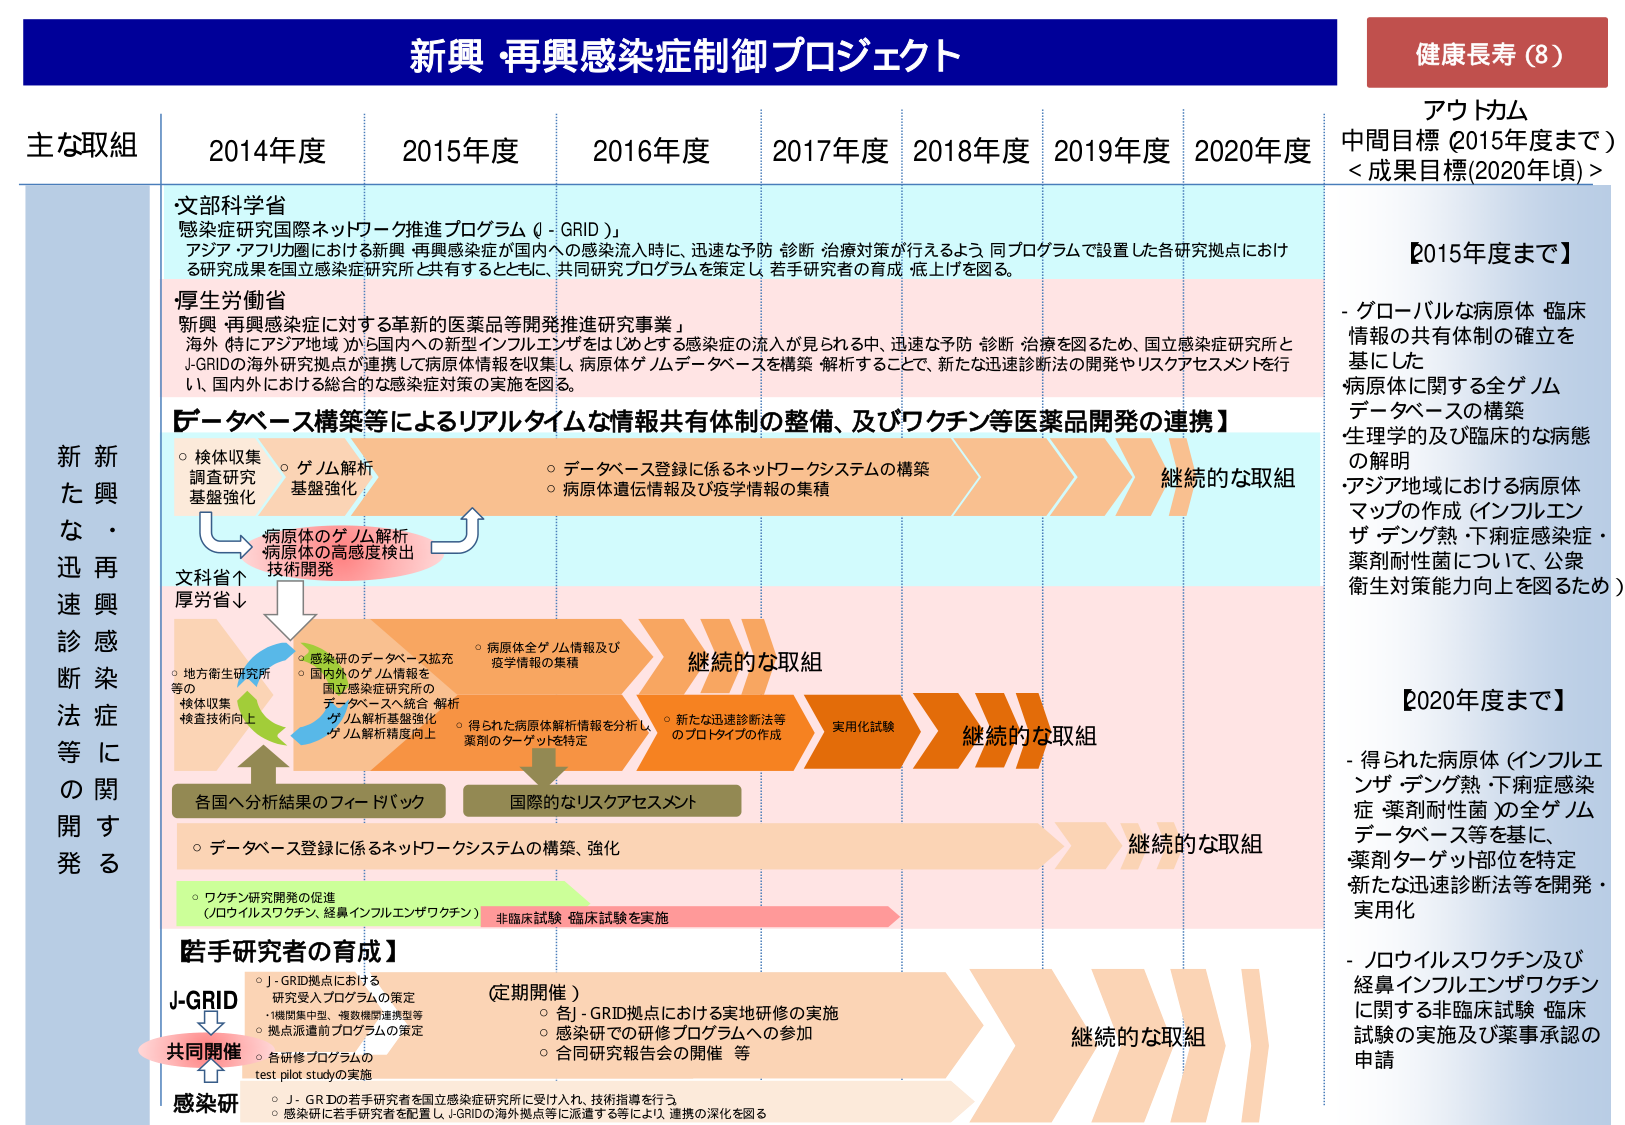
新興・再興感染症制御プロジェクト

健康長寿（8）

アウトカム
中間目標（2015年度まで）
＜成果目標(2020年頃)＞

【2015年度まで】
- グローバルな病原体・臨床情報の共有体制の確立を基にした
病原体に関する全ゲノムデータベースの構築
生理学的及び臨床的な病態の解明
・アジア地域における病原体マップの作成（インフルエンザ・デング熱・下痢症感染症・薬剤耐性菌について、公衆衛生対策能力向上を図るため）

【2020年度まで】
- 得られた病原体（インフルエンザ・デング熱・下痢症感染症・薬剤耐性菌）の全ゲノムデータベース等を基に、薬剤ターゲット部位を特定
新たな迅速診断法等を開発・実用化
- ノロウイルスワクチン及び経鼻インフルエンザワクチンに関する非臨床試験・臨床試験の実施及び薬事承認の申請

主な取組
2014年度 2015年度 2016年度 2017年度 2018年度 2019年度 2020年度

・文部科学省
「感染症研究国際ネットワーク推進プログラム（J-GRID）」
アジア・アフリカ圏における新興・再興感染症が国内への感染流入時に、迅速な予防・診断・治療対策が行えるよう、同プログラムで設置した各研究拠点における研究成果を国立感染症研究所と共有するとともに、共同研究プログラムを策定し、若手研究者の育成・底上げを図る。

・厚生労働省
「新興・再興感染症に対する革新的医薬品等開発推進研究事業」
海外（特にアジア地域）から国内への新型インフルエンザ等をはじめとする感染症の流入が見られる中、迅速な予防・診断・治療を図るため、国立感染症研究所とJ-GRIDの海外研究拠点が連携して病原体情報を収集し、病原体ゲノムデータベースを構築・解析することで、新たな迅速診断法の開発やリスクアセスメントを行い、国内における総合的な感染症対策の実施を図る。

【データベース構築等によるリアルタイムな情報共有体制の整備、及びワクチン等医薬品開発の連携】

○ 検体収集調査研究基盤強化
○ ゲノム解析基盤強化
○ データベース登録に係るネットワークシステムの構築
○ 病原体遺伝情報及び疫学情報の集積

継続的な取組

病原体のゲノム解析
病原体の高感度検出
技術開発

文科省↑
厚労省↓

○ 地方衛生研究所等の検体収集・検査技術向上
○ 感染研のデータベース拡充
○ 国内外のゲノム情報を国立感染症研究所のデータベースへ統合・解析
○ ゲノム解析基盤強化
○ ゲノム解析精度向上
○ 病原体全ゲノム情報及び疫学情報の集積
○ 得られた病原体解析情報を分析し、薬剤のターゲットを特定

継続的な取組

新たな迅速診断法等のプロトタイプの作成
実用化試験

継続的な取組

各国へ分析結果のフィードバック
国際的なリスクアセスメント

○ データベース登録に係るネットワークシステムの構築・強化

継続的な取組

○ ワクチン研究開発の促進
（ノロウイルスワクチン、経鼻インフルエンザワクチン）
非臨床試験・臨床試験を実施

【若手研究者の育成】

J-GRID
↓
共同開催
↑
感染研

○ J-GRID拠点における
研究受入プログラムの策定
・機関集中型、複数機関連携型等
○ 拠点派遣前プログラムの策定
○ 各研修プログラムのtest pilot studyの実施

（定期開催）
○ 各J-GRID拠点における実地研修の実施
○ 感染研での研修プログラムへの参加
○ 合同研究報告会の開催 等

継続的な取組

○ J-GRIDの若手研究者を国立感染症研究所に受け入れ、技術指導を行う
○ 感染研に若手研究者を配置し、J-GRIDの海外拠点等に派遣する等により、連携の深化を図る

新たな迅速診断法等の開発
新興・再興感染症に関する